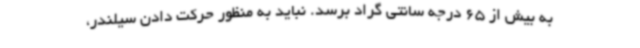
به بیش از 65 درجه سانتی گراد برسد. نباید به منظور حرکت دادن سیلندر،